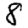
Digit: 8